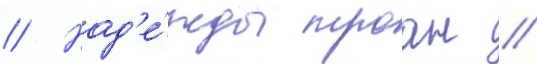
// Над'е́жды троан //